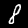
Label: 8